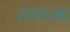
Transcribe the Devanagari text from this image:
उच्छेदनता